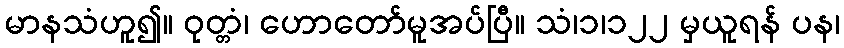
မာနသံဟူ၍။ ဝုတ္တံ၊ ဟောတော်မူအပ်ပြီ။ သံ၊၁၊၁၂၂ မှယူရန် ပန၊